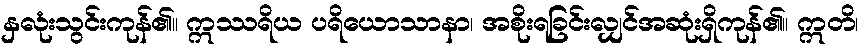
နှလုံးသွင်းကုန်၏။ ဣဿရိယ ပရိယောသာနာ၊ အစိုးရခြင်းလျှင်အဆုံးရှိကုန်၏။ ဣတိ၊